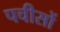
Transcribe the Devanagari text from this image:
पचीसों